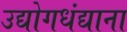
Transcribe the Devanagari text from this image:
उद्योगधंद्याना